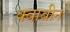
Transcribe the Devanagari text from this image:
क्वाबीन